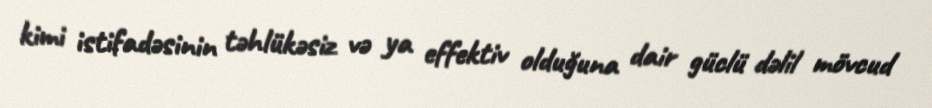
kimi istifadəsinin təhlükəsiz və ya effektiv olduğuna dair güclü dəlil mövcud